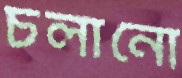
চলানো